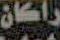
راكان